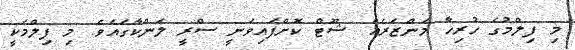
މި ފިލްމުގެ ހުރިހާ މަންޒަރެއް ޝޫޓް ކޮށްފައިވަނީ ސްރީ ލަންކާގައެވެ. މި ފިލްމަކީ